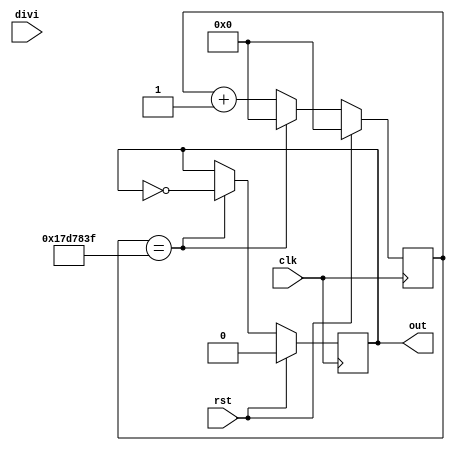
/*
   This file was generated automatically by the Mojo IDE version B1.3.5.
   Do not edit this file directly. Instead edit the original Lucid source.
   This is a temporary file and any changes made to it will be destroyed.
*/

/*
   Parameters:
     MAX_VALUE = 50000000/2
*/
module divBlinker_2 (
    input clk,
    input rst,
    input divi,
    output reg out
  );
  
  localparam MAX_VALUE = 26'h17d7840;
  
  
  reg [24:0] M_ctr_d, M_ctr_q = 1'h0;
  reg M_led_d, M_led_q = 1'h0;
  
  always @* begin
    M_led_d = M_led_q;
    M_ctr_d = M_ctr_q;
    
    M_ctr_d = M_ctr_q + 1'h1;
    if (M_ctr_q == 27'h17d783f) begin
      M_ctr_d = 1'h0;
      M_led_d = ~M_led_q;
    end
    out = M_led_q;
  end
  
  always @(posedge clk) begin
    if (rst == 1'b1) begin
      M_ctr_q <= 1'h0;
      M_led_q <= 1'h0;
    end else begin
      M_ctr_q <= M_ctr_d;
      M_led_q <= M_led_d;
    end
  end
  
endmodule